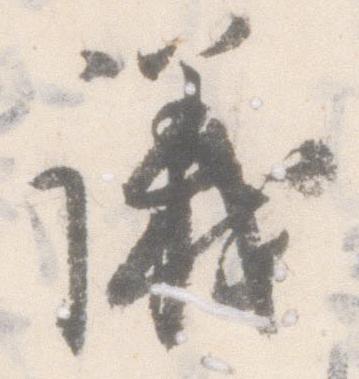
議